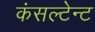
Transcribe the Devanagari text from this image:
कंसल्टेन्ट